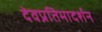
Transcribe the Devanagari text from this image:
देवप्रतिमादर्शन